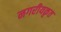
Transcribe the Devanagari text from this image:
नगरीयकृत